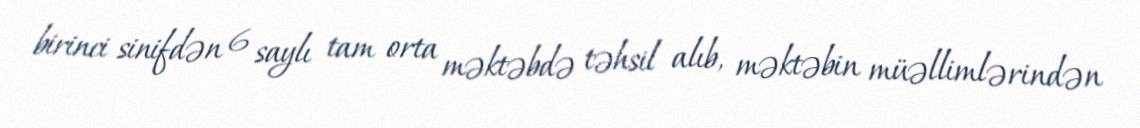
birinci sinifdən 6 saylı tam orta məktəbdə təhsil alıb, məktəbin müəllimlərindən